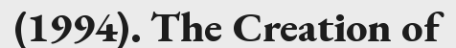
(1994). The Creation of